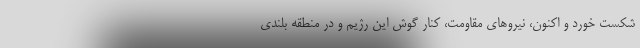
شکست خورد و اکنون، نیروهای مقاومت، کنار گوش این رژیم و در منطقه بلندی